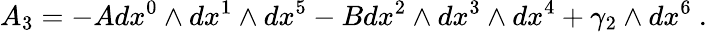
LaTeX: A_{3}=-Adx^{0}\wedge dx^{1}\wedge dx^{5}-Bdx^{2}\wedge dx^{3}\wedge dx^{4}+\gamma_{2}\wedge dx^{6}\ .